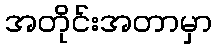
အတိုင်းအတာမှာ